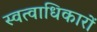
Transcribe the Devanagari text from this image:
स्वत्वाधिकारों